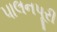
પાલનપૂરી